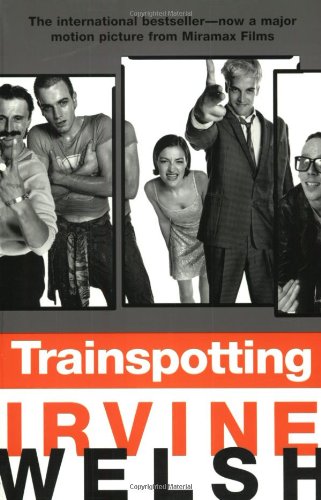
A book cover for Trainspotting; Irvine Welsh; Literature & Fiction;